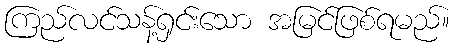
ကြည်လင်သန့်ရှင်းသော အမြင်ဖြစ်ရမည်။